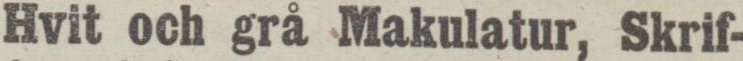
Hvit och grå Makulatur, Skrif-,